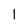
Character: 1